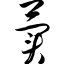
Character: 荬